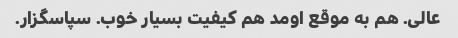
عالی. هم به موقع اومد هم کیفیت بسیار خوب. سپاسگزار.